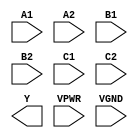
module sky130_fd_sc_hs__a222oi (
    //# {{data|Data Signals}}
    input  A1  ,
    input  A2  ,
    input  B1  ,
    input  B2  ,
    input  C1  ,
    input  C2  ,
    output Y   ,

    //# {{power|Power}}
    input  VPWR,
    input  VGND
);
endmodule